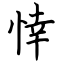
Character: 悻